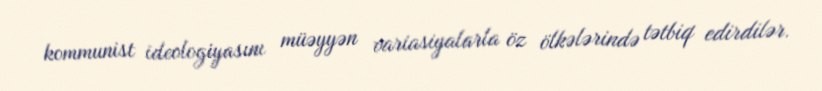
kommunist ideologiyasını müəyyən variasiyalarla öz ölkələrində tətbiq edirdilər.